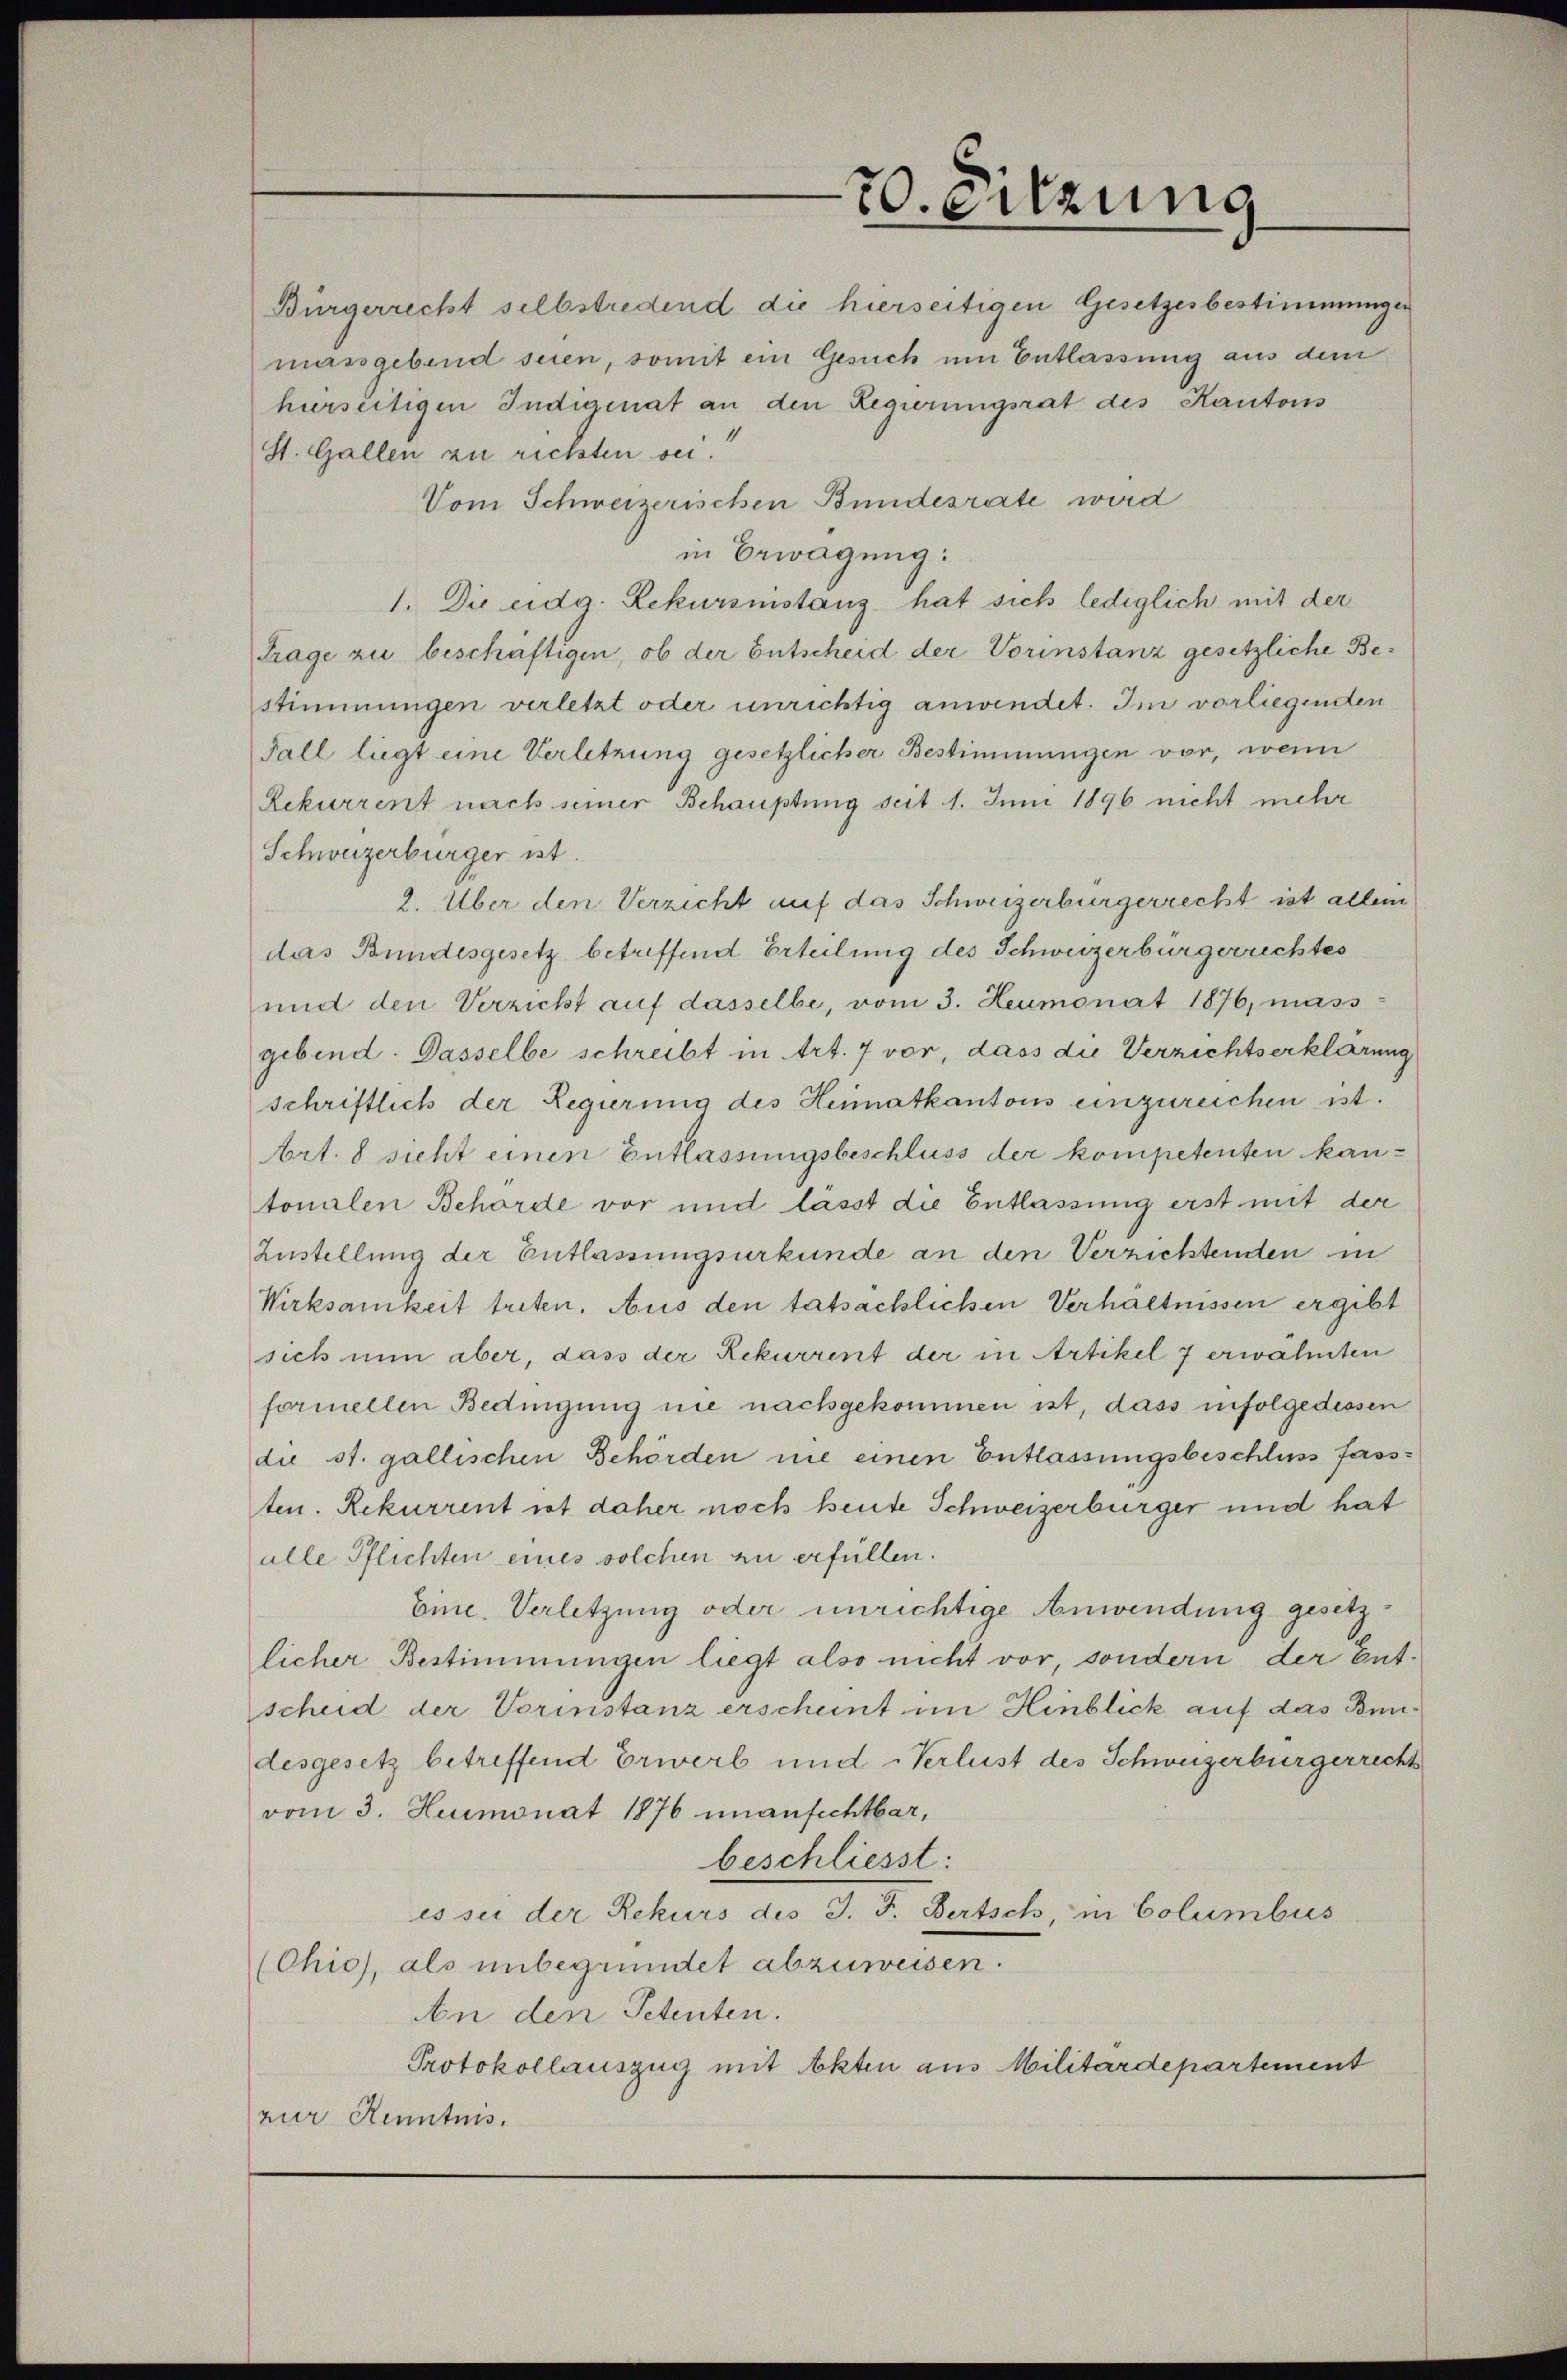
70. eitzung

hürseitigen Indigenat an den Regierungsrat des Kantons
St. Gallen zu richten sei.
Vom Schweizerischen Bundesrate wird
in Erwägung:
1. Die eidg. Rekurinistanz hat sich lediglich mit der
Trage zu beschäftigen, ob der Entscheid der Vorinstanz gesetzliche Bestimmungen verletzt oder unrichtig anwendet. Im vorliegenden
Fall liegt eine Verletzung gesetzlicher Bestimmungen vor, wenn
Rekurrent nach seiner Behauptung seit 1. Juni 1896 nicht mehr
Schweizerbürger ist.
2. Über den Verzicht auf das Schweizerbürgerrecht ist allein
das Bundesgesetz betreffend Erteilung des Schweizerbürgerichtes
und den Verzicht auf dasselbe, vom 3. Heumonat 1876, mass
gebend. Dasselbe schreibt in Art. 7 vor, dass die Verzichtserklärung
schriftlich der Regierung des Heimatkantons einzureichen ist.
Art. 8 sicht einen Entlassungsbeschluss der kompetenten kantonalen Behörde vor und lässt die Entlassung erst mit der
Zustellung der Entlassungsurkunde an den Verzichtenden in
Wirksamkeit treten. Aus den tatsächlichen Verhältnissen ergibt
sich nun aber, dass der Rekurrent der in Artikel 7 erwähnten
formellen Bedingung nie nachgekommen ist, dass infolgedessen
die st. gallischen Behörden nie einen Entlassungsbeschluss fassten. Rekurrent ist daher noch heute Schweizerbürger und hat
alle Pflichten eines solchen zu erfüllen.
Eine Verletzung oder unrichtige Anwendung gesetzlicher Bestimmungen liegt also nicht vor, sondern der Entscheid der Vorinstanz erscheint im Hinblick auf das Bundesgesetz betreffend Erwerb und Verlust des Schweizerbürgerrechts
vom 3. Heimonat 1876 unanfechtbar,
beschliesst:
es sei der Rekurs des J. F. Bertsch, in Columbus
(Chio, als unbegründet abzuweisen.
An den Petenten.
Protokollauszug mit Akten aus Militärdepartement
zur Kenntnis.

Bürgerrecht selbstredend die hierseitigen Gesetzesbestimmungen
massgebend seien, somit ein Gesuch um Entlassung aus dem